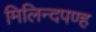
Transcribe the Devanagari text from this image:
मिलिन्दपण्ह